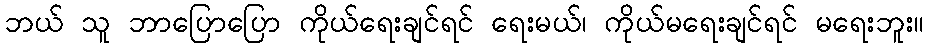
ဘယ် သူ ဘာပြောပြော ကိုယ်ရေးချင်ရင် ရေးမယ်၊ ကိုယ်မရေးချင်ရင် မရေးဘူး။